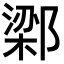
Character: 𬪔